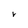
Character: V